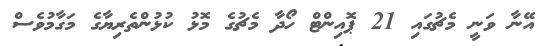
އޭނާ ވަނީ މެޗުގައި 21 ޕޮއިންޓް ހޯދާ މެޗުގެ މޮޅު ކުޅުންތެރިޔާގެ މަގާމުވެސް